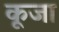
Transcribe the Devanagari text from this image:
कूजा